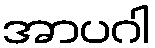
အာပဂါ